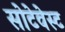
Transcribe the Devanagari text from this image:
सोटेवेस्ट